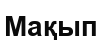
Мақып